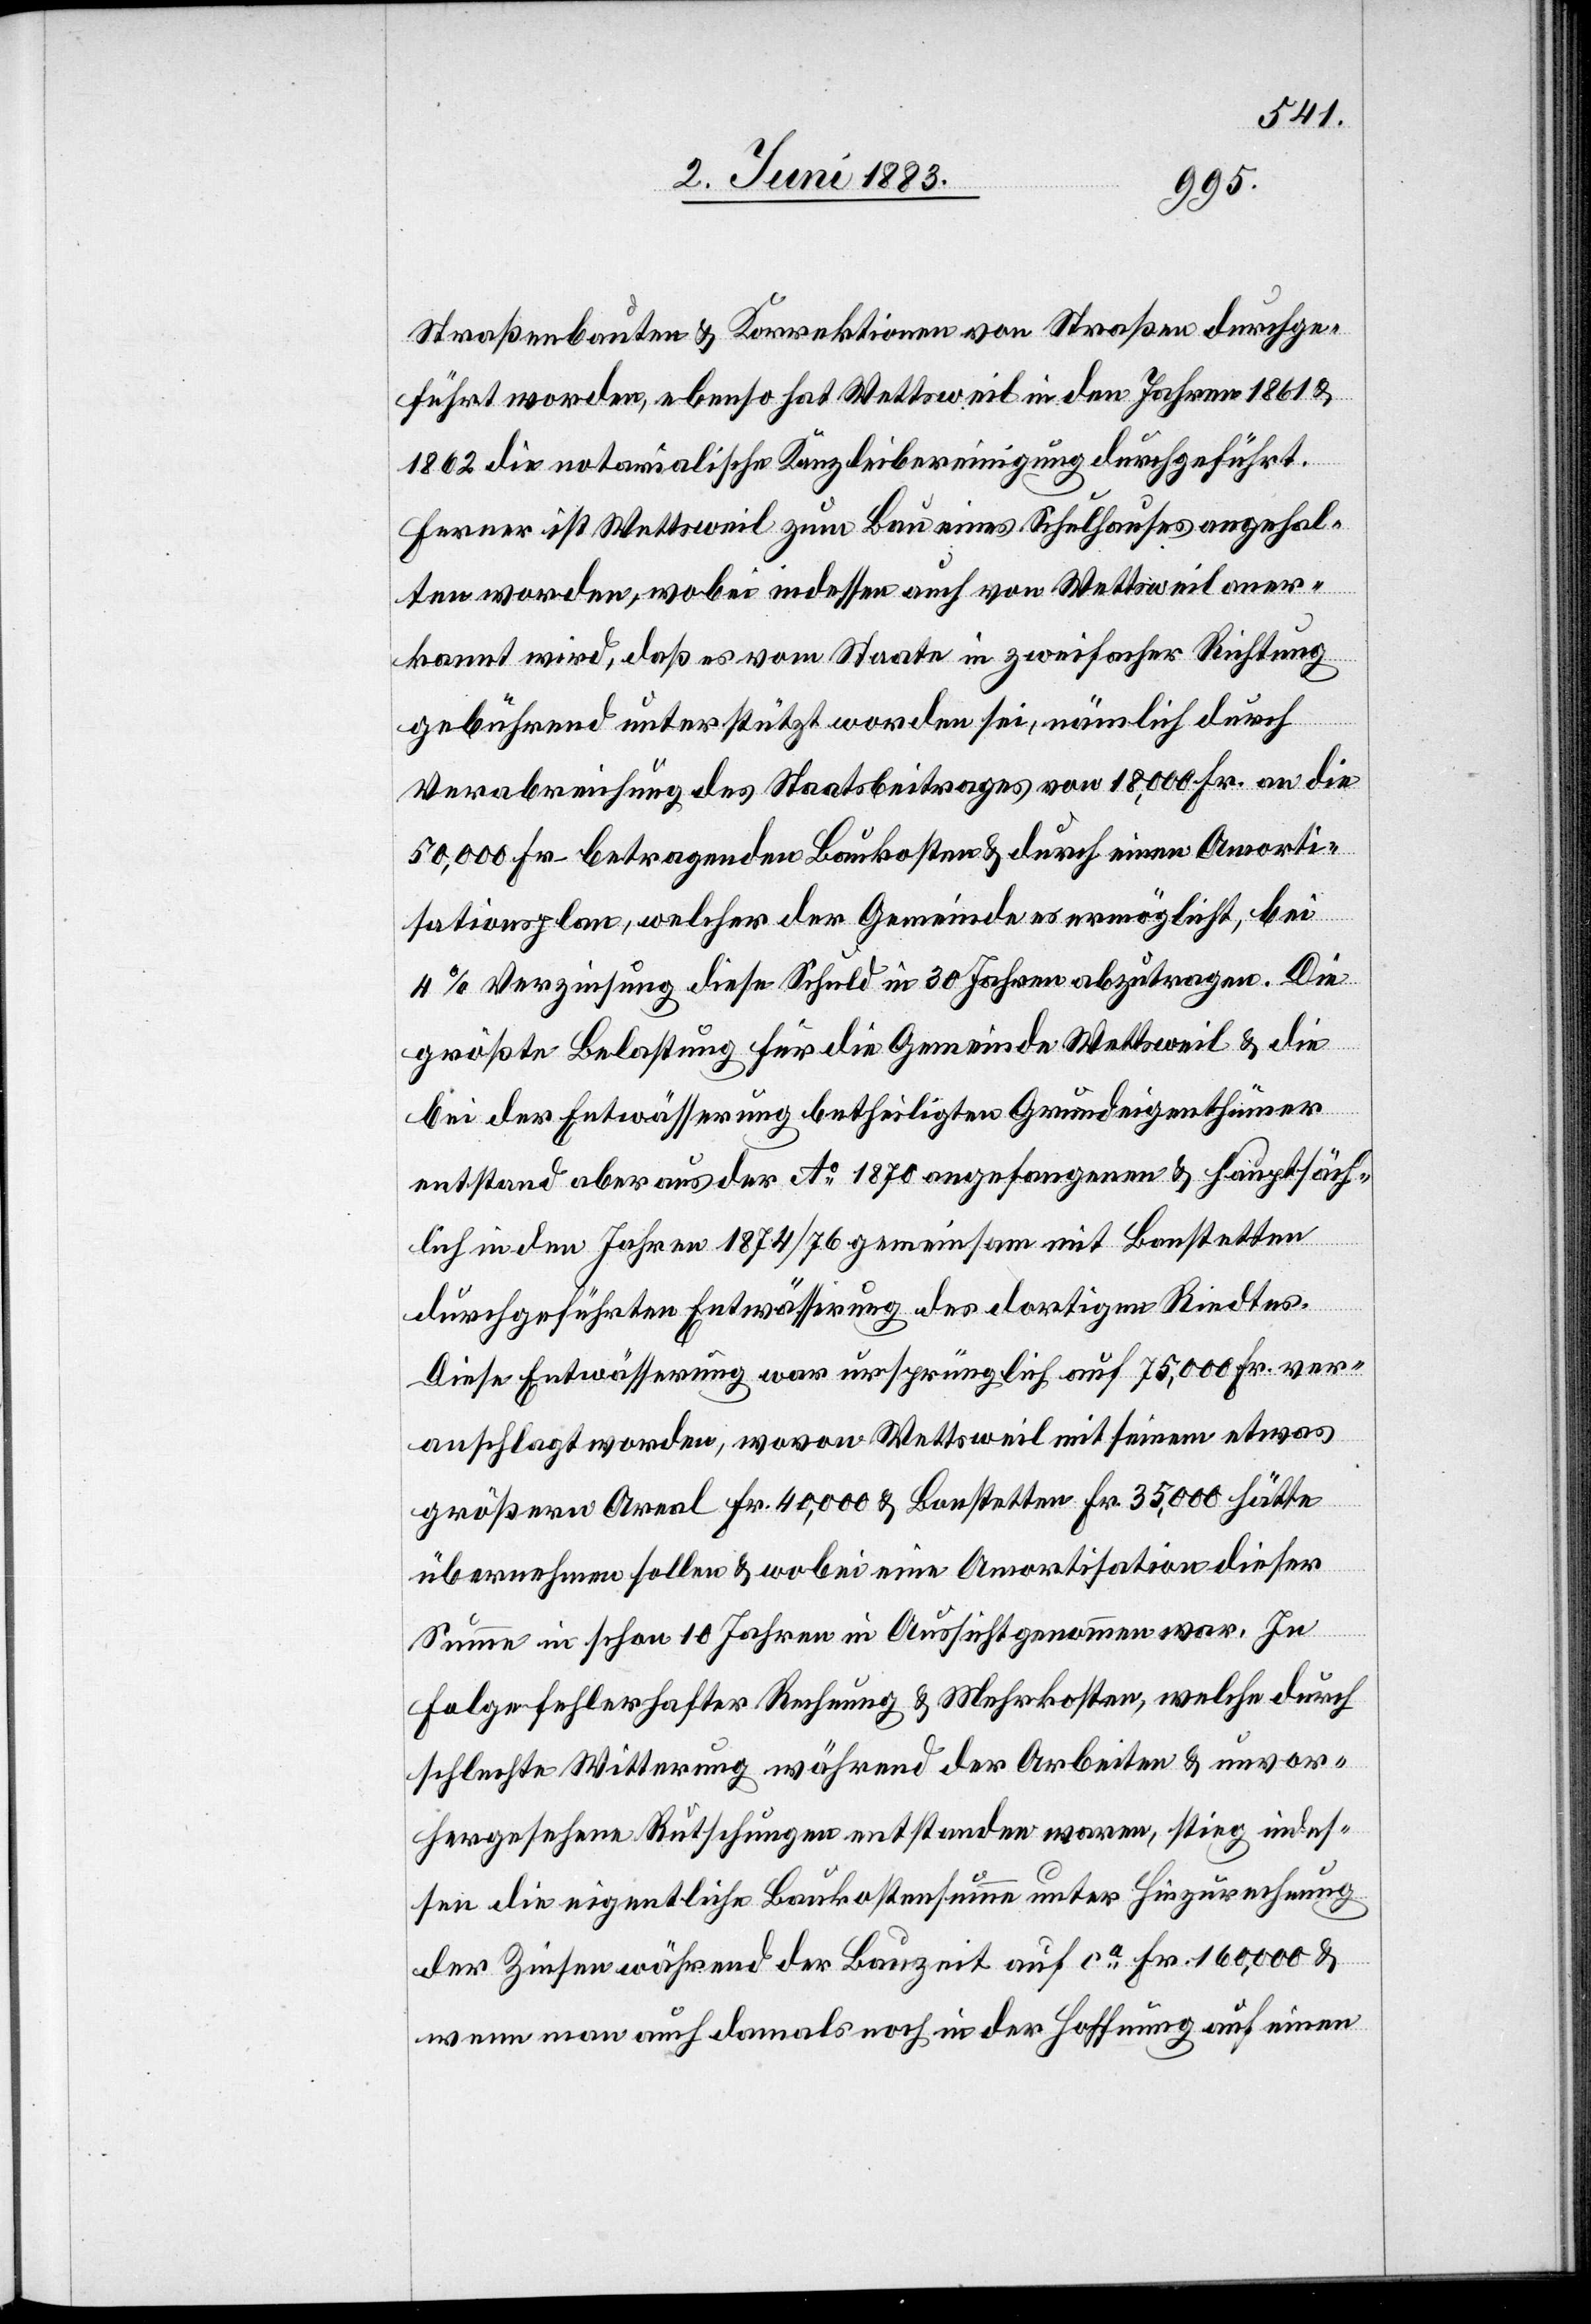
Straßenbauten & Korrektionen von Straßen durchge¬
führt worden, ebenso hat Wettsweil in den Jahren 1861 &
1862 die notarialische Kanzleibereinigung durchgeführt.
Ferner ist Wettsweil zum Bau eines Schulhauses angehal¬
ten worden, wobei indessen auch von Wettsweil aner¬
kannt wird, daß es vom Staate in zweifacher Richtung
gebührend unterstützt worden sei, nämlich durch
Verabreichung des Staatsbeitrages von 18,000 Fr. an die
50,000 Fr. betragenden Baukosten & durch einen Amorti¬
sationsplan, welcher der Gemeinde es ermöglicht, bei
4% Verzinsung diese Schuld in 30 Jahren abzutragen. Die
größte Belastung für die Gemeinde Wettsweil & die
bei der Entwässerung betheiligten Grundeigenthümer
entstand aber aus der Ao 1870 angefangenen & hauptsäch¬
lich in den Jahren 1874/76 gemeinsam mit Bonstetten
durchgeführten Entwässerung des dortigen Riedtes.
Diese Entwässerung war ursprünglich auf 75,000 Fr. ver¬
anschlagt worden, wovon Wettsweil mit seinem etwas
grösseren Areal Fr. 40,000 & Bonstetten Fr. 35,000 hätte
übernehmen sollen & wobei eine Amortisation dieser
Summe in schon 10 Jahren in Aussicht genommen war. In
Folge fehlerhafter Rechnung & Mehrkosten, welche durch
schlechte Witterung während der Arbeiten & unvor¬
hergesehene Rutschungen entstanden waren, stieg indes¬
sen die eigentliche Baukostensumme unter Hinzurechnung
der Zinsen während der Bauzeit auf ca Fr. 160,000 &
wenn man auch damals noch in der Hoffnung auf einen